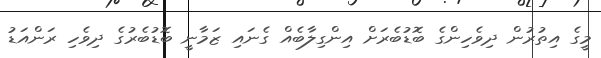
މީގެ އިތުރުން ދިވެހިންގެ ބޮޑުބެރަށް އިންގިލާބެއް ގެނައި ޒަމާނީ ބޮޑުބެރުގެ ދިވެހި ރަންއަޑު